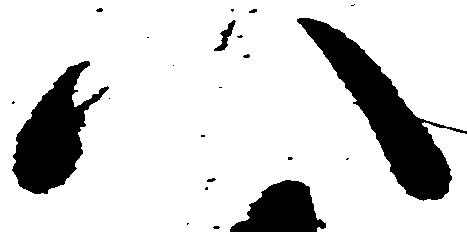
八